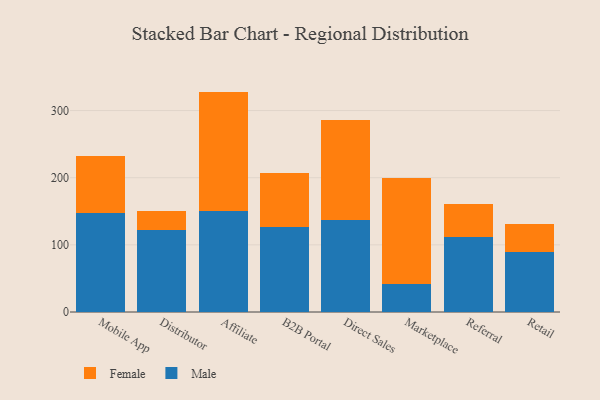
{"axis": {"x": "Channel", "y": "Demand Index"}, "legend": ["Female", "Male"], "data": [{"x": "Mobile App", "y": 147.9, "type": "Male"}, {"x": "Mobile App", "y": 84.0, "type": "Female"}, {"x": "Distributor", "y": 122.2, "type": "Male"}, {"x": "Distributor", "y": 28.6, "type": "Female"}, {"x": "Affiliate", "y": 149.7, "type": "Male"}, {"x": "Affiliate", "y": 178.5, "type": "Female"}, {"x": "B2B Portal", "y": 127.3, "type": "Male"}, {"x": "B2B Portal", "y": 79.7, "type": "Female"}, {"x": "Direct Sales", "y": 136.5, "type": "Male"}, {"x": "Direct Sales", "y": 149.4, "type": "Female"}, {"x": "Marketplace", "y": 41.4, "type": "Male"}, {"x": "Marketplace", "y": 158.7, "type": "Female"}, {"x": "Referral", "y": 111.6, "type": "Male"}, {"x": "Referral", "y": 49.4, "type": "Female"}, {"x": "Retail", "y": 89.4, "type": "Male"}, {"x": "Retail", "y": 41.7, "type": "Female"}]}